Madras plague regulations and rules for district municipalities and other towns and villages
Disease focus: Plague
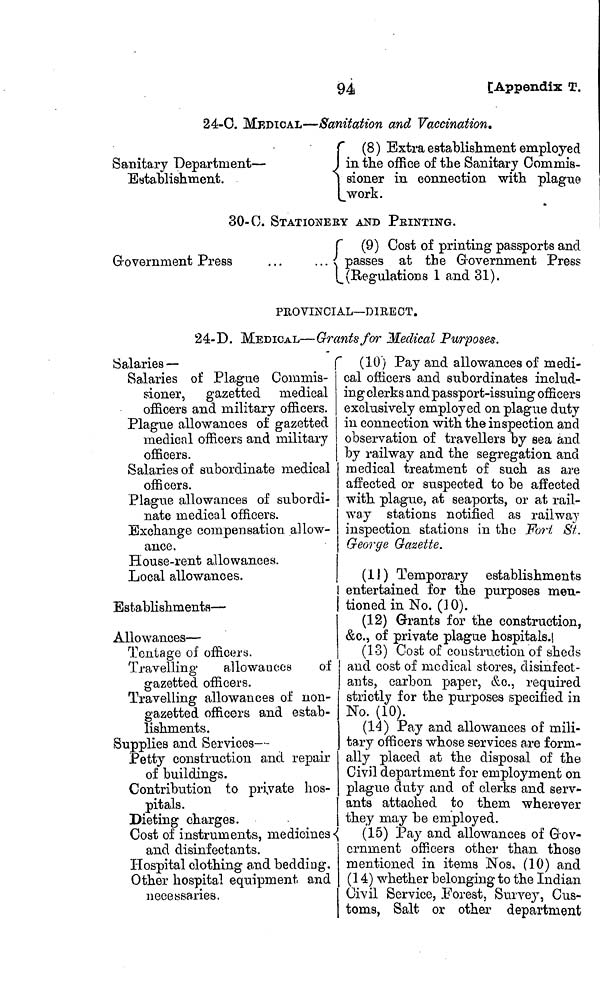
94
[Appendix T.
24-0. MEDICAL—Sanitation and Vaccination.
Sanitary Department —
Establishment.
(8) Extra establishment employed
I in the office of the Sanitary Commis-
sioner in connection with plague
work.
30-C. STATIONERY AND PrINTING.
Government Press
...
. . .
r (9) Cost of printing passports and
passes at the Government Press
(Regulations 1 and 31).
PROVINCIAL—DIRECT.
24-D. MEDICAL—Grants for Medical Purposes.
Salaries —
Salaries of Plague Commis-
sioner, gazetted medical
officers and military officers.
Plague allowances of gazetted
medical officers and military
officers.
Salaries of subordinate medical
officers.
Plague allowances of subordi-
nate medical officers.
Exchange compensation allow-
ance.
House-rent allowances.
Local allowances.
Establishments —
Allowances —
Tentage of officers.
Travelling
allowances
of
gazetted officers.
Travelling allowances of non-
gazetted officers and estab-
lishments.
Supplies and Services —
Petty construction and repair
of buildings.
Contribution to private hos-
pitals.
Dieting charges.
Cost of instruments, medicines
and disinfectants.
Hospital clothing and bedding.
Other hospital equipment and
necessaries.
(10) Pay and allowances of medi-
cal officers and subordinates includ-
ing clerks and passport-issuing officers
exclusively employed on plague duty
in connection with the inspection and
observation of travellers by sea and
by railway and the segregation and
medical treatment of such as are
affected or suspected to be affected
with plague, at seaports, or at rail-
way stations notified as railway
inspection stations in the Fort St.
George Gazette.
(11) Temporary establishments
entertained for the purposes men-
tioned in No. (10).
(12) Grants for the construction,
&c., of private plague hospitals.
(13) Cost of construction of sheds
and cost of medical stores, disinfect-
ants, carbon paper, &c., required
strictly for the purposes specified in
No. (10).
(14) Pay and allowances of mili-
tary officers whose services are form-
ally placed at the disposal of the
Civil department for employment on
plague duty and of clerks and serv-
ants attached to them wherever
they may be employed.
(15) Pay and allowances of Gov-
ernment officers other than those
mentioned in items Nos. (10) and
(14) whether belonging to the Indian
Civil Service, Forest, Survey, Cus-
toms, Salt or other department